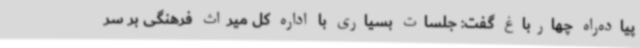
پیاده‌راه چهارباغ گفت: جلسات بسیاری با اداره کل میراث فرهنگی بر سر